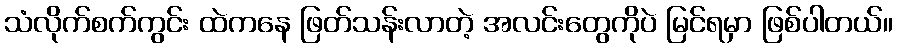
သံလိုက်စက်ကွင်း ထဲကနေ ဖြတ်သန်းလာတဲ့ အလင်းတွေကိုပဲ မြင်ရမှာ ဖြစ်ပါတယ်။